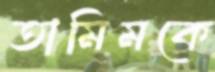
তামিমকে